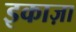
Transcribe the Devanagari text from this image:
इकाज़ा